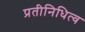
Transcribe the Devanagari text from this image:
प्रतीनिधित्व